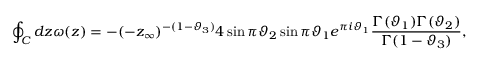
\oint _ { C } d z \omega ( z ) = - ( - z _ { \infty } ) ^ { - ( 1 - \vartheta _ { 3 } ) } 4 \sin \pi \vartheta _ { 2 } \sin \pi \vartheta _ { 1 } e ^ { \pi i \vartheta _ { 1 } } \frac { \Gamma ( \vartheta _ { 1 } ) \Gamma ( \vartheta _ { 2 } ) } { \Gamma ( 1 - \vartheta _ { 3 } ) } ,